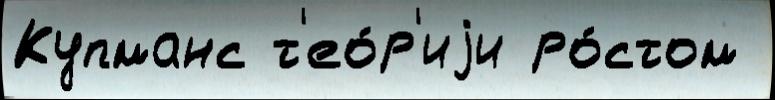
Купманс т'ео́р'иjи ро́стом